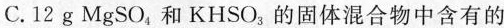
C.12g MgSO_{4}和KHSO_{3}的固体混合物中含有的